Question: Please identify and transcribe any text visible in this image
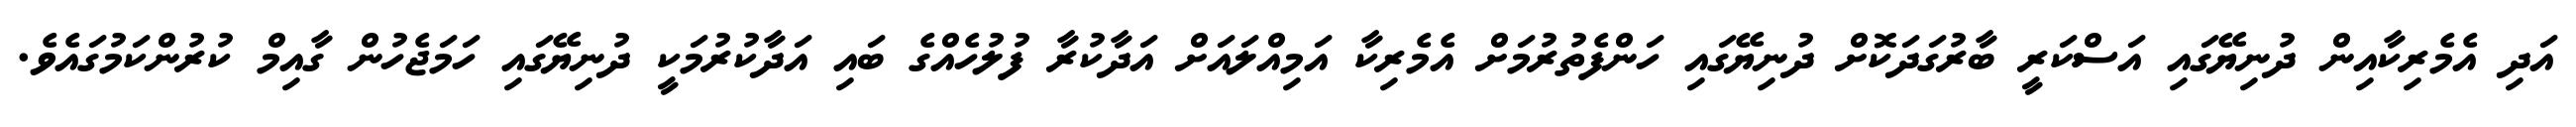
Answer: އަދި އެމެރިކާއިން ދުނިޔޭގައި އަސްކަރީ ބާރުގަދަކޮށް ދުނިޔޭގައި ހަންފެތުރުމަށް އެމެރިކާ އަމިއްލައަށް އަދާކުރާ ފުލުހެއްގެ ބައި އަދާކުރުމަކީ ދުނިޔޭގައި ހަމަޖެހުން ގާއިމް ކުރުންކަމުގައެވެ.